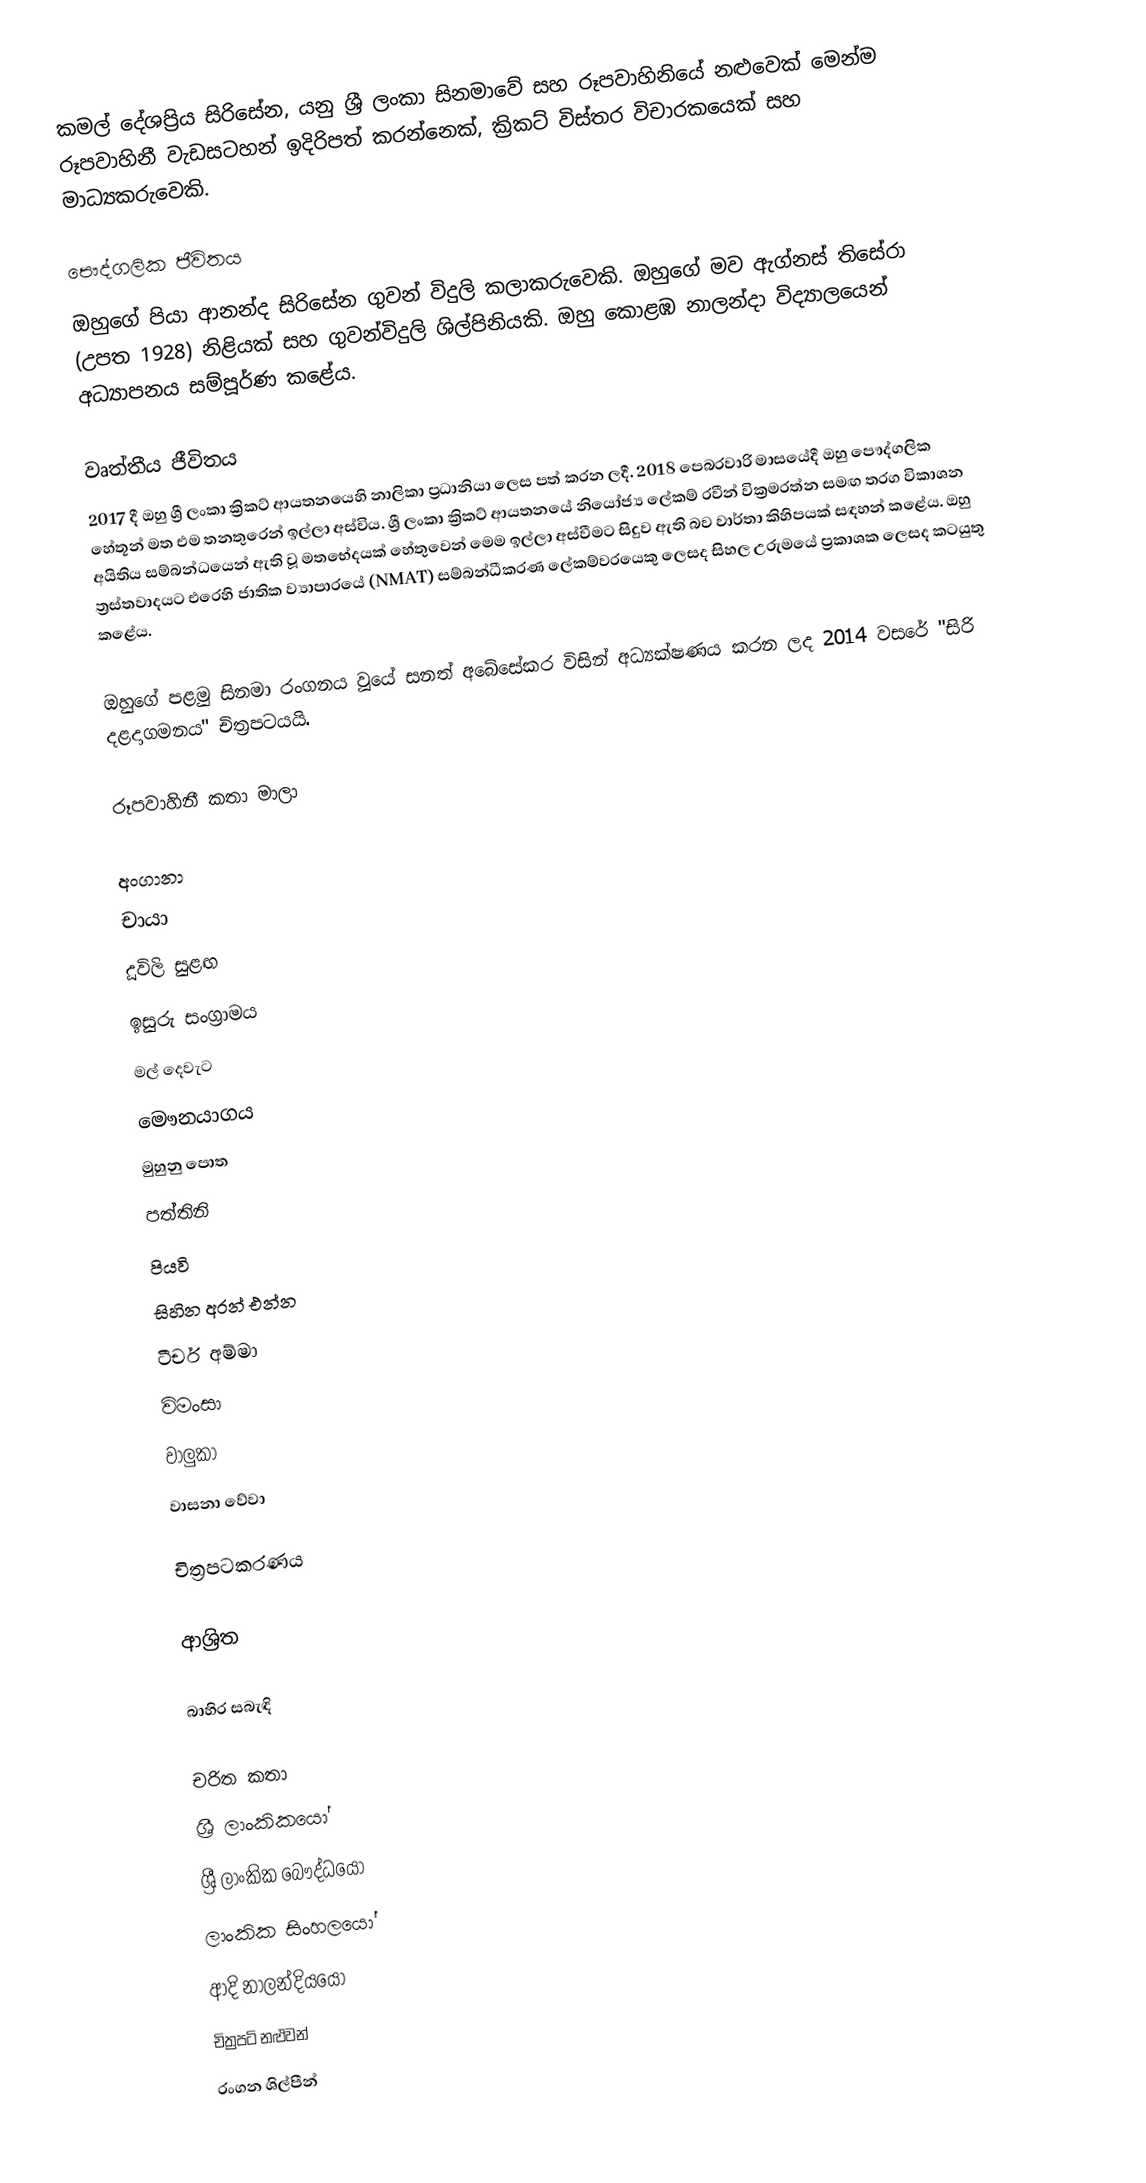
කමල් දේශප්‍රිය සිරිසේන, යනු ශ්‍රී ලංකා සිනමාවේ සහ රූපවාහිනියේ නළුවෙක් මෙන්ම රූපවාහිනී වැඩසටහන් ඉදිරිපත් කරන්නෙක්, ක්‍රිකට් විස්තර විචාරකයෙක් සහ මාධ්‍යකරුවෙකි.

පෞද්ගලික ජීවිතය
ඔහුගේ පියා ආනන්ද සිරිසේන ගුවන් විදුලි කලාකරුවෙකි. ඔහුගේ මව ඇග්නස් තිසේරා (උපත 1928) නිළියක් සහ ගුවන්විදුලි ශිල්පිනියකි. ඔහු කොළඹ නාලන්දා විද්‍යාලයෙන් අධ්‍යාපනය සම්පූර්ණ කළේය.

වෘත්තීය ජීවිතය
2017 දී ඔහු ශ්‍රී ලංකා ක්‍රිකට් ආයතනයෙහි නාලිකා ප්‍රධානියා ලෙස පත් කරන ලදී. 2018 පෙබරවාරි මාසයේදී ඔහු පෞද්ගලික හේතූන් මත එම තනතුරෙන් ඉල්ලා අස්විය. ශ්‍රී ලංකා ක්‍රිකට් ආයතනයේ නියෝජ්‍ය ලේකම් රවීන් වික්‍රමරත්න සමඟ තරග විකාශන අයිතිය සම්බන්ධයෙන් ඇති වූ මතභේදයක් හේතුවෙන් මෙම ඉල්ලා අස්වීමට සිදුව ඇති බව වාර්තා කිහිපයක් සඳහන් කළේය. ඔහු ත්‍රස්තවාදයට එරෙහි ජාතික ව්‍යාපාරයේ (NMAT) සම්බන්ධීකරණ ලේකම්වරයෙකු ලෙසද සිහල උරුමයේ ප්‍රකාශක ලෙසද කටයුතු කළේය.

ඔහුගේ පළමු සිනමා රංගනය වූයේ සනත් අබේසේකර විසින් අධ්‍යක්ෂණය කරන ලද 2014 වසරේ "සිරි දළදාගමනය" චිත්‍රපටයයි.

රූපවාහිනී කතා මාලා

 අංගානා
 චායා
 දූවිලි සුළඟ
 ඉසුරු සංග්‍රාමය
 මල් දෙවැට
 මෞනයාගය
 මුහුනු පොත
 පත්තිනි
 පියවි
 සිහින අරන් එන්න
 ටීචර් අම්මා
 විමංසා
 වාලුකා
 වාසනා වේවා

චිත්‍රපටකරණය

ආශ්‍රිත

බාහිර සබැඳි

චරිත කතා
ශ්‍රී ලාංකිකයෝ
ශ්‍රී ලාංකික බෞද්ධයෝ
ලාංකික සිංහලයෝ
ආදි නාලන්දියයෝ
චිත්‍රපටි නළුවන්
රංගන ශිල්පීන්